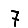
Digit: 7